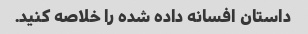
داستان افسانه داده شده را خلاصه کنید.